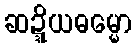
ဆဍ္ဍိယဓမ္မော